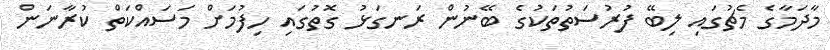
މާދަމާގެ މެޗުގައި ލިބޭ ފުރުސަތުތަކުގެ ބޭނުން ރަނގަޅު ގޮތުގައި ހިފުުމަށް މަސައްކަތް ކުރާނަން